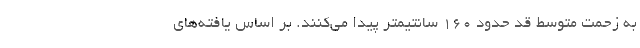
به زحمت متوسط قد حدود ۱۶۰ سانتیمتر پیدا می‌کنند. بر اساس یافته‌های